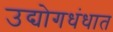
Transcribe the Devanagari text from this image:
उद्योगधंधात